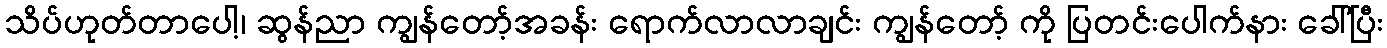
သိပ်ဟုတ်တာပေါ့၊ ဆွန်ညာ ကျွန်တော့်အခန်း ရောက်လာလာချင်း ကျွန်တော့် ကို ပြတင်းပေါက်နား ခေါ်ပြီး